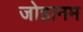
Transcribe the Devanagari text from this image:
जोहानम